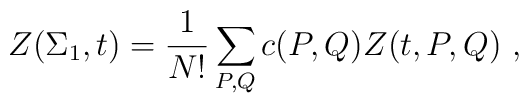
Z(\Sigma_1,t)={1\over N!}\sum_{P,Q}c(P,Q)Z(t,P,Q)~,